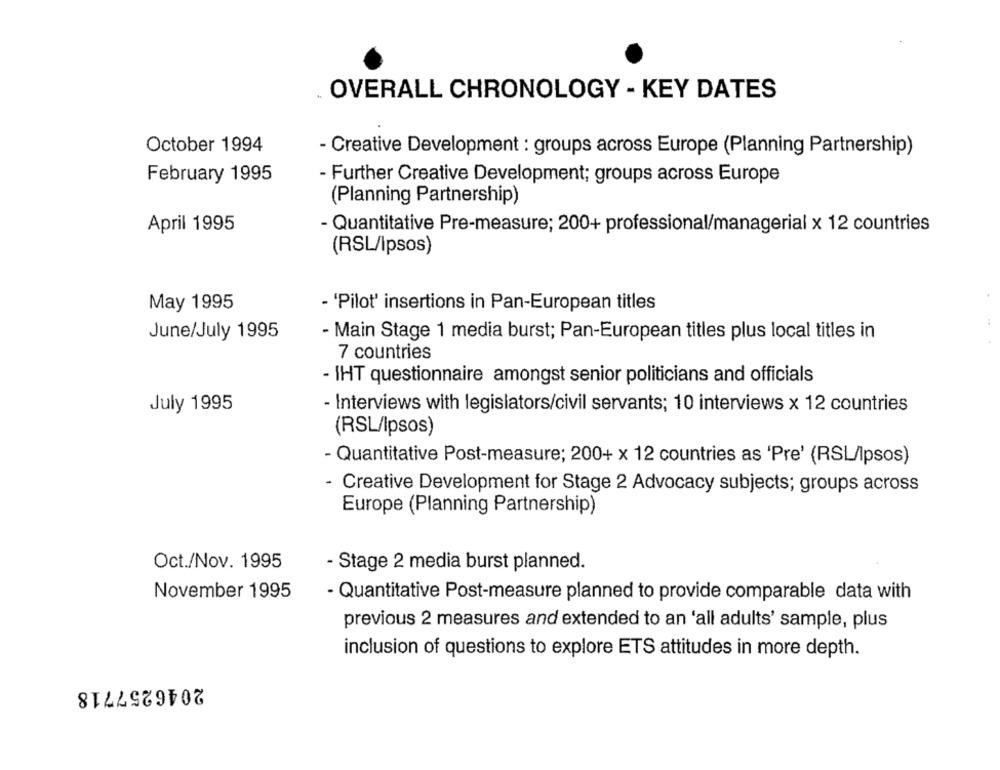
OVERALL CHRONOLOGY - KEY DATES
October 1994
- Creative Development : groups across Europe (Planning Partnership)
February 1995
- Further Creative Development; groups across Europe
(Planning Partnership)
April 1995
- Quantitative Pre-measure; 200+ professional/managerial x 12 countries
(RSL/Ipsos)
May 1995
- 'Pilot' insertions in Pan-European titles
June/July 1995
- Main Stage 1 media burst; Pan-European titles plus local titles in
7 countries
- IHT questionnaire amongst senior politicians and officials
July 1995
- Interviews with legislators/civil servants; 10 interviews x 12 countries
(RSL/Ipsos)
- Quantitative Post-measure; 200+ x 12 countries as 'Pre' (RSL/Ipsos)
- Creative Development for Stage 2 Advocacy subjects; groups across
Europe (Planning Partnership)
Oct./Nov. 1995
- Stage 2 media burst planned.
November 1995
- Quantitative Post-measure planned to provide comparable data with
previous 2 measures and extended to an 'all adults' sample, plus
inclusion of questions to explore ETS attitudes in more depth.
2046257718